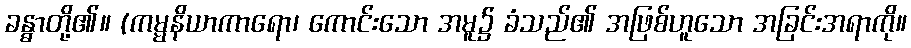
ခန္ဓာတို့၏။ (ကမ္မနိယာကာရော၊ ကောင်းသော အမူ၌ ခံသည်၏ အဖြစ်ဟူသော အခြင်းအရာကို။